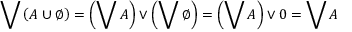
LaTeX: \bigvee \left( A \cup \emptyset \right) = \left( \bigvee A \right) \vee \left( \bigvee \emptyset \right) = \left( \bigvee A \right) \vee 0 = \bigvee A